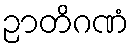
ဉာတိဂဏံ